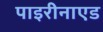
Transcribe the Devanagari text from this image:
पाइरीनाएड